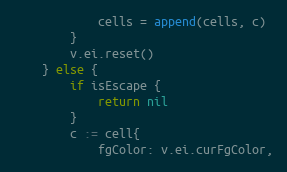
Language: Go
			cells = append(cells, c)
		}
		v.ei.reset()
	} else {
		if isEscape {
			return nil
		}
		c := cell{
			fgColor: v.ei.curFgColor,